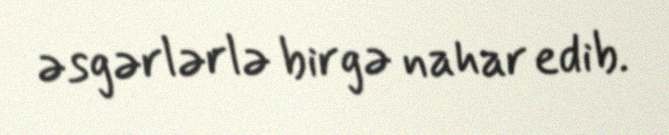
əsgərlərlə birgə nahar edib.